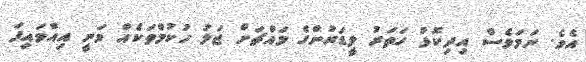
އެވެ. ނަމަވެސް އިދިކޮޅު ހަތަރު ލީޑަރުންގެ މައްޗަށް ޖަލު ހުކުމްތަކެއް ވަނީ އިއްވައިފަ